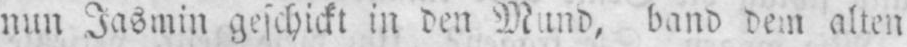
nun Jasmin geschickt in den Mund, band dem alten